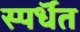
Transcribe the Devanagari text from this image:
स्पर्धॆत